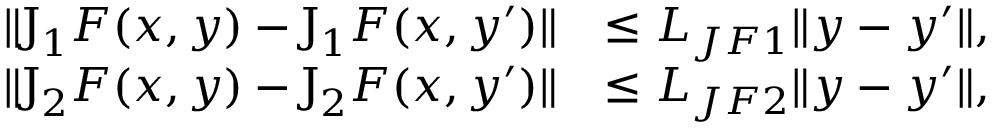
\begin{array} { r l } { \lVert \boldsymbol { \mathrm { J } } _ { 1 } F ( x , \boldsymbol { y } ) - \boldsymbol { \mathrm { J } } _ { 1 } F ( x , \boldsymbol { y } ^ { \prime } ) \rVert } & { \leq L _ { J F 1 } \lVert \boldsymbol { y } - \boldsymbol { y } ^ { \prime } \rVert , } \\ { \lVert \boldsymbol { \mathrm { J } } _ { 2 } F ( x , \boldsymbol { y } ) - \boldsymbol { \mathrm { J } } _ { 2 } F ( x , \boldsymbol { y } ^ { \prime } ) \rVert } & { \leq L _ { J F 2 } \lVert \boldsymbol { y } - \boldsymbol { y } ^ { \prime } \rVert , } \end{array}